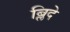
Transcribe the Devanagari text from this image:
ब्लिदे